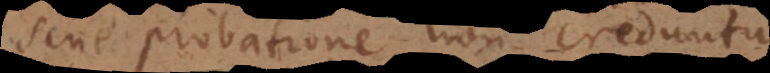
sine probatione non creduntur